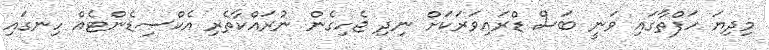
މިދިޔަ ހަފްތާގައި ވަނީ ބަސް ޑްރައިވަރަކަށް ނިދި ޖެހިގެން ނުރައްކާތެރި އެކްސިޑެންޓެއް ހިނގައި